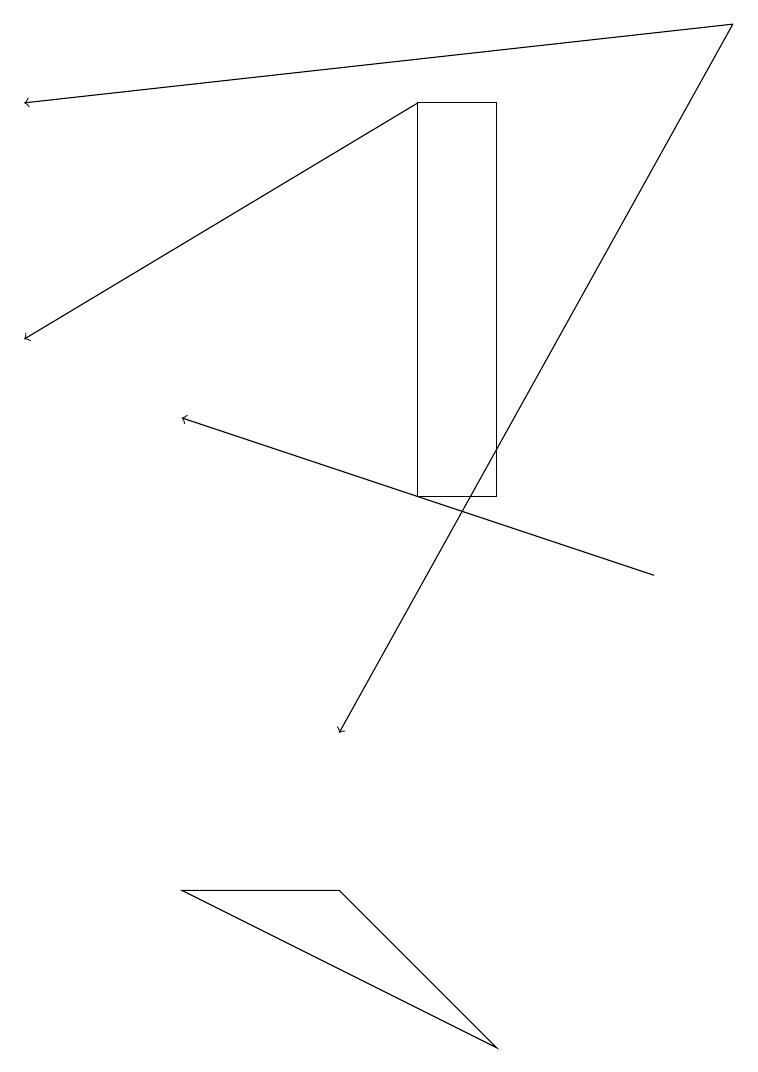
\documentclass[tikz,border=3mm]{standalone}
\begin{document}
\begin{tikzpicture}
\draw (2,8) -- (6,6) -- (4,8) -- cycle;
\draw (5,18) rectangle (6,13);
\draw[->] (9,19) -- (4,10);
\draw[->] (9,19) -- (0,18);
\draw[->] (8,12) -- (2,14);
\draw[->] (5,18) -- (0,15);
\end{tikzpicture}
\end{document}